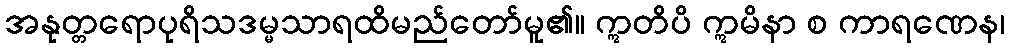
အနုတ္တရောပုရိသဒမ္မသာရထိမည်တော်မူ၏။ ဣတိပိ ဣမိနာ စ ကာရဏေန၊